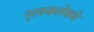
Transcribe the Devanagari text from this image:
नृत्यकलेकडे